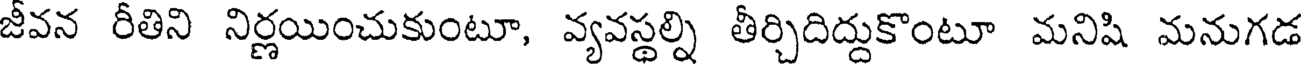
జీవన రీతిని నిర్ణయించుకుంటూ, వ్యవస్థల్ని తీర్చిదిద్దుకొంటూ మనిషి మనుగడ